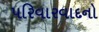
પરિવારવાદનો